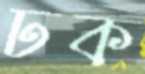
ঢক